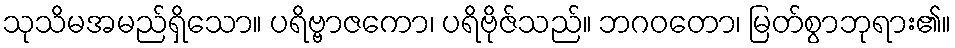
သုသိမအမည်ရှိသော။ ပရိဗ္ဗာဇကော၊ ပရိဗိုဇ်သည်။ ဘဂဝတော၊ မြတ်စွာဘုရား၏။